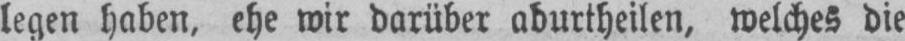
legen haben, ehe wir darüber aburtheilen, welches die